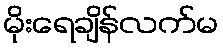
မိုးရေချိန်လက်မ